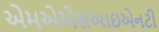
એમએએસઆઇએનટી